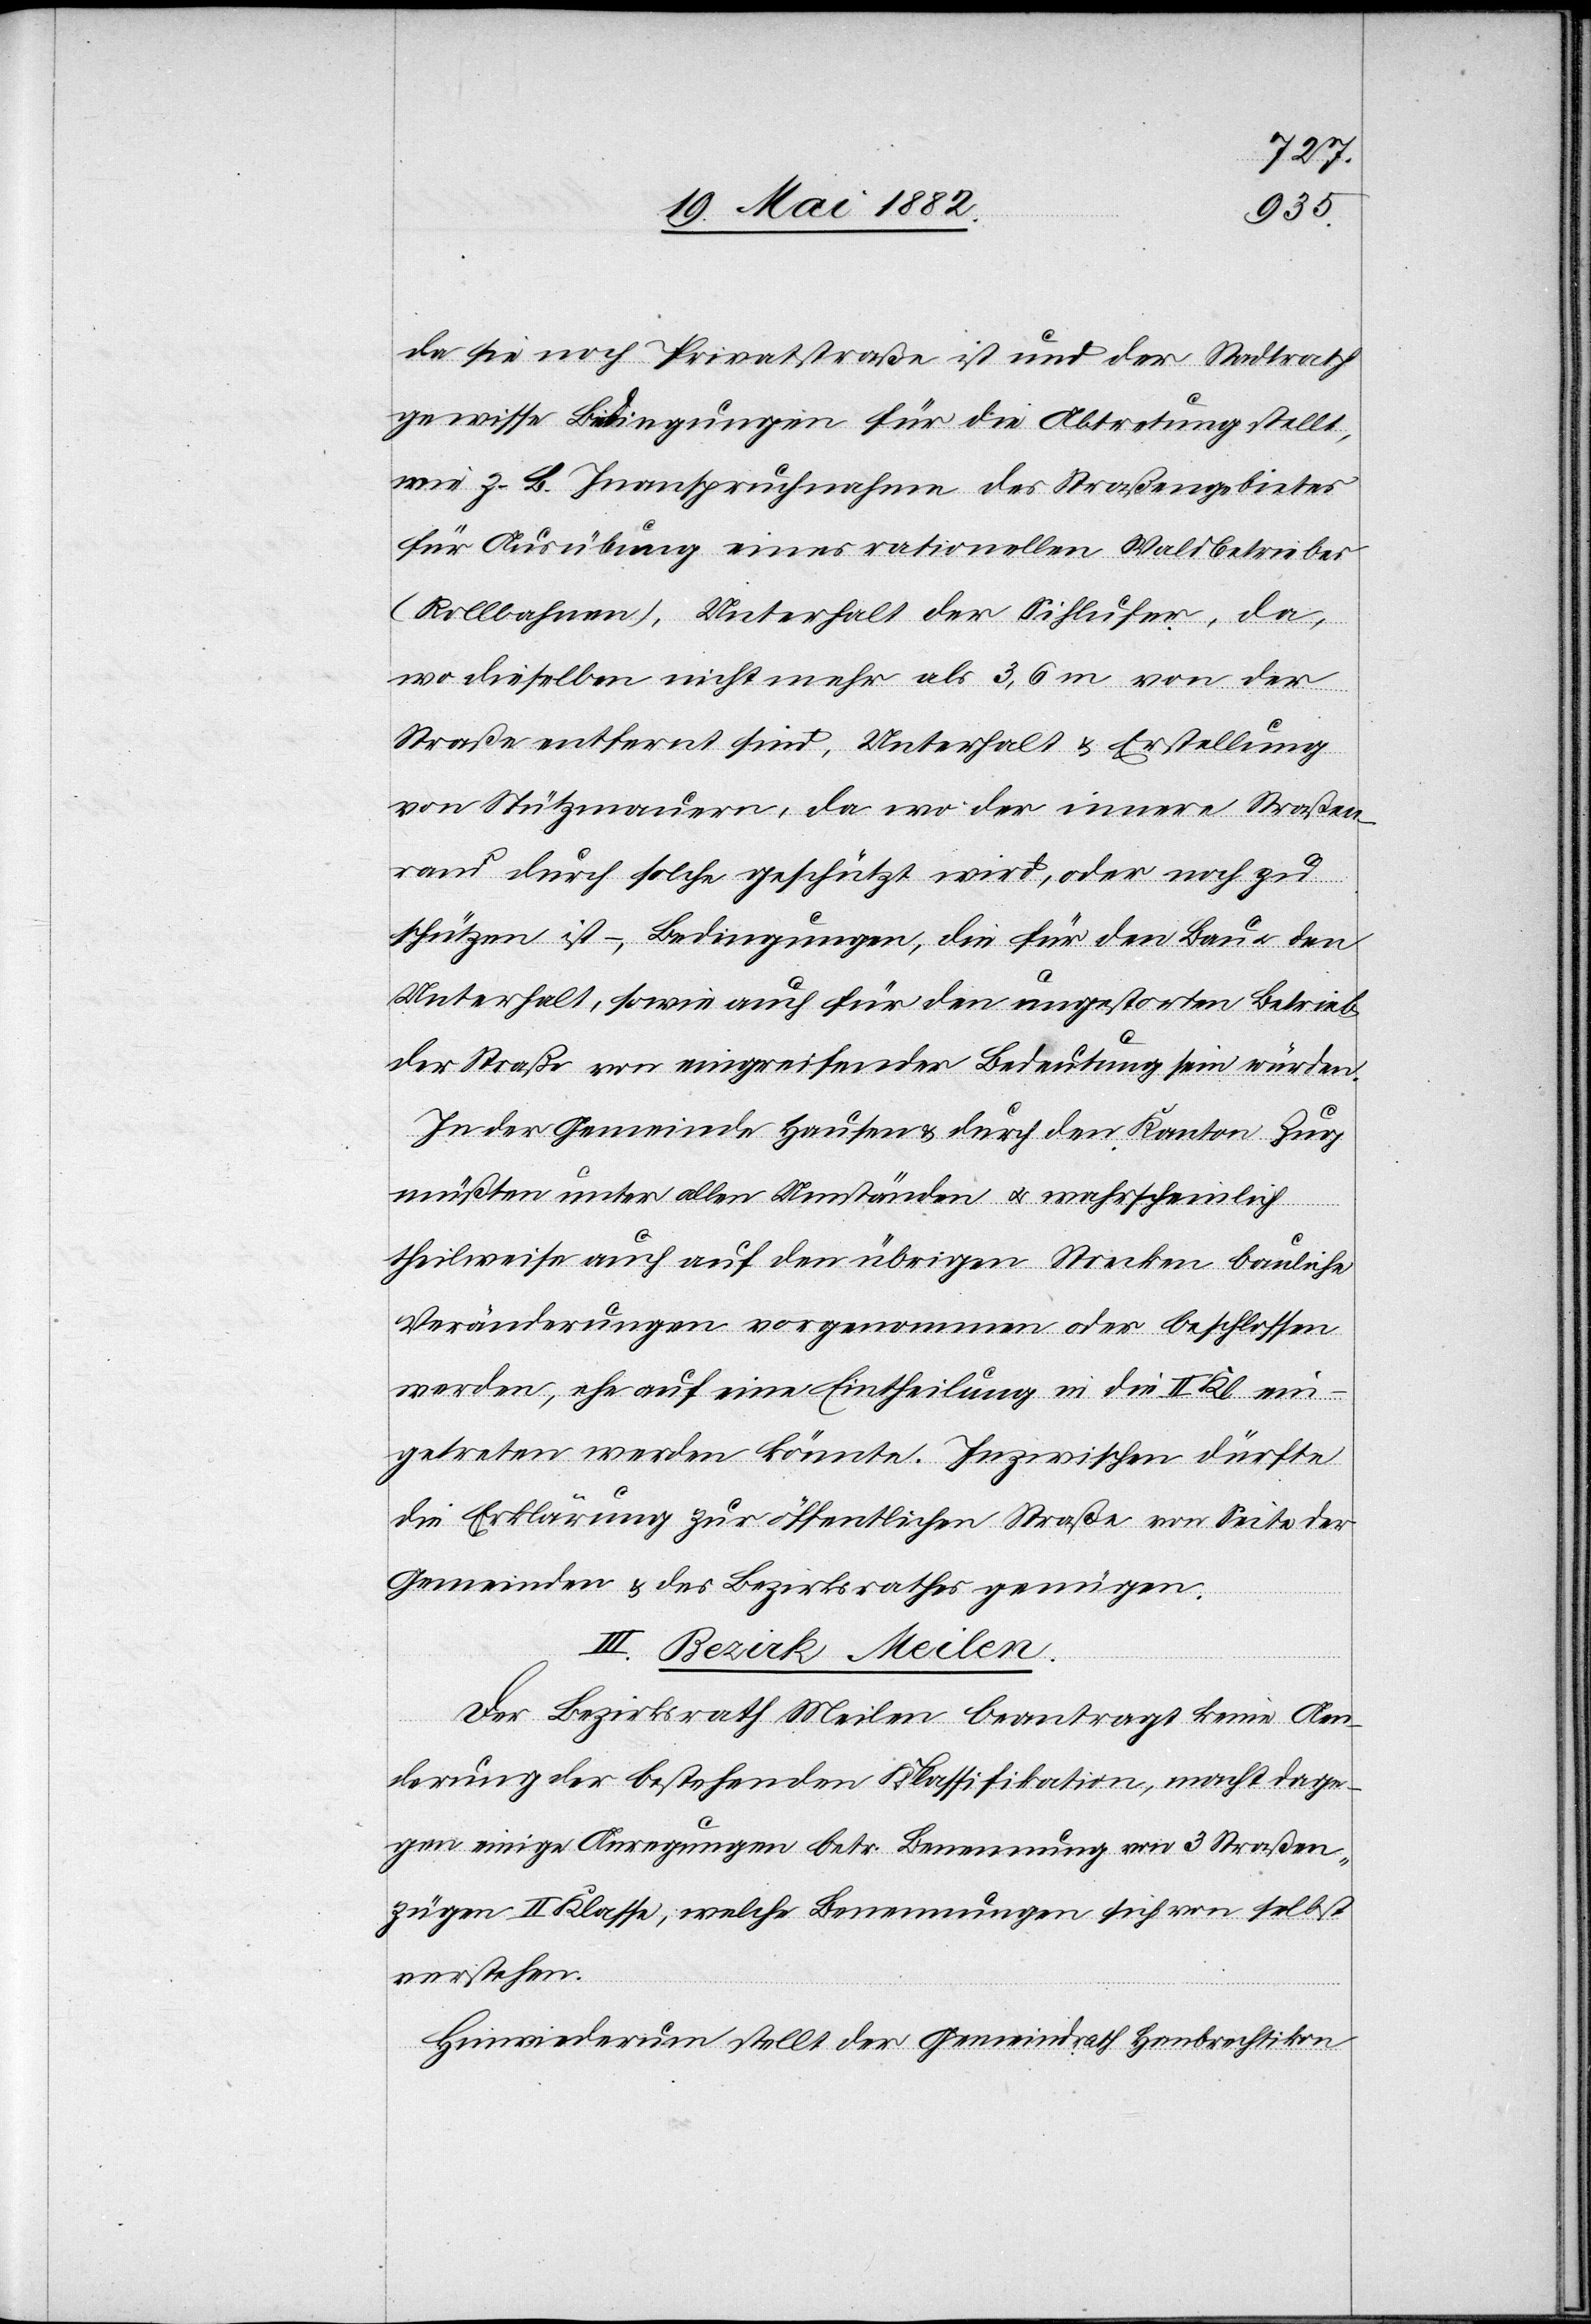
da sie noch Privatstraße ist und der Stadtrath
gewisse Bedingungen für die Abtretung stellt,
wie z. B. Inanspruchnahme des Straßengebietes
für Ausübung eines rationellen Waldbetriebes
(Rollbahnen), Unterhalt der Sihlufer, da,
wo dieselben nicht mehr als 3,6 m von der
Straße entfernt sind, Unterhalt & Erstellung
von Stützmauern, da wo der innere Straßen¬
rand durch solche geschützt wird, oder noch zu
schützen ist –, Bedingungen, die für den Bau u. den
Unterhalt, sowie auch für den ungestörten Betrieb
der Straße von eingreifender Bedeutung sein würden.
In der Gemeinde Hausen & durch den Kanton Zug
müßten unter allen Umständen u. wahrscheinlich
theilweise auch auf den übrigen Strecken bauliche
Veränderungen vorgenommen oder beschlossen
werden, ehe auf eine Eintheilung in die II. Kl. ein¬
getreten werden könnte. Inzwischen dürfte
die Erklärung zur öffentlichen Straße von Seite der
Gemeinden & des Bezirksrathes genügen.
III. Bezirk Meilen.
Der Bezirksrath Meilen beantragt keine Aen¬
derung der bestehenden Klassifikation, macht dage¬
gen einige Anregungen betr. Benennung von 3 Straßen¬
zügen II. Klasse, welche Benennungen sich von selbst
verstehen.
Hinwiederum stellt der Gemeindrath Hombrechtikon